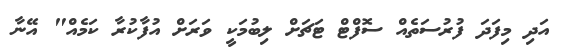
އަދި މިފަދަ ފުރުސަތެއް ސޮފްޓް ޓަޗަށް ލިބުމަކީ ވަރަށް އުފާކުރާ ކަމެއް" އޭނާ